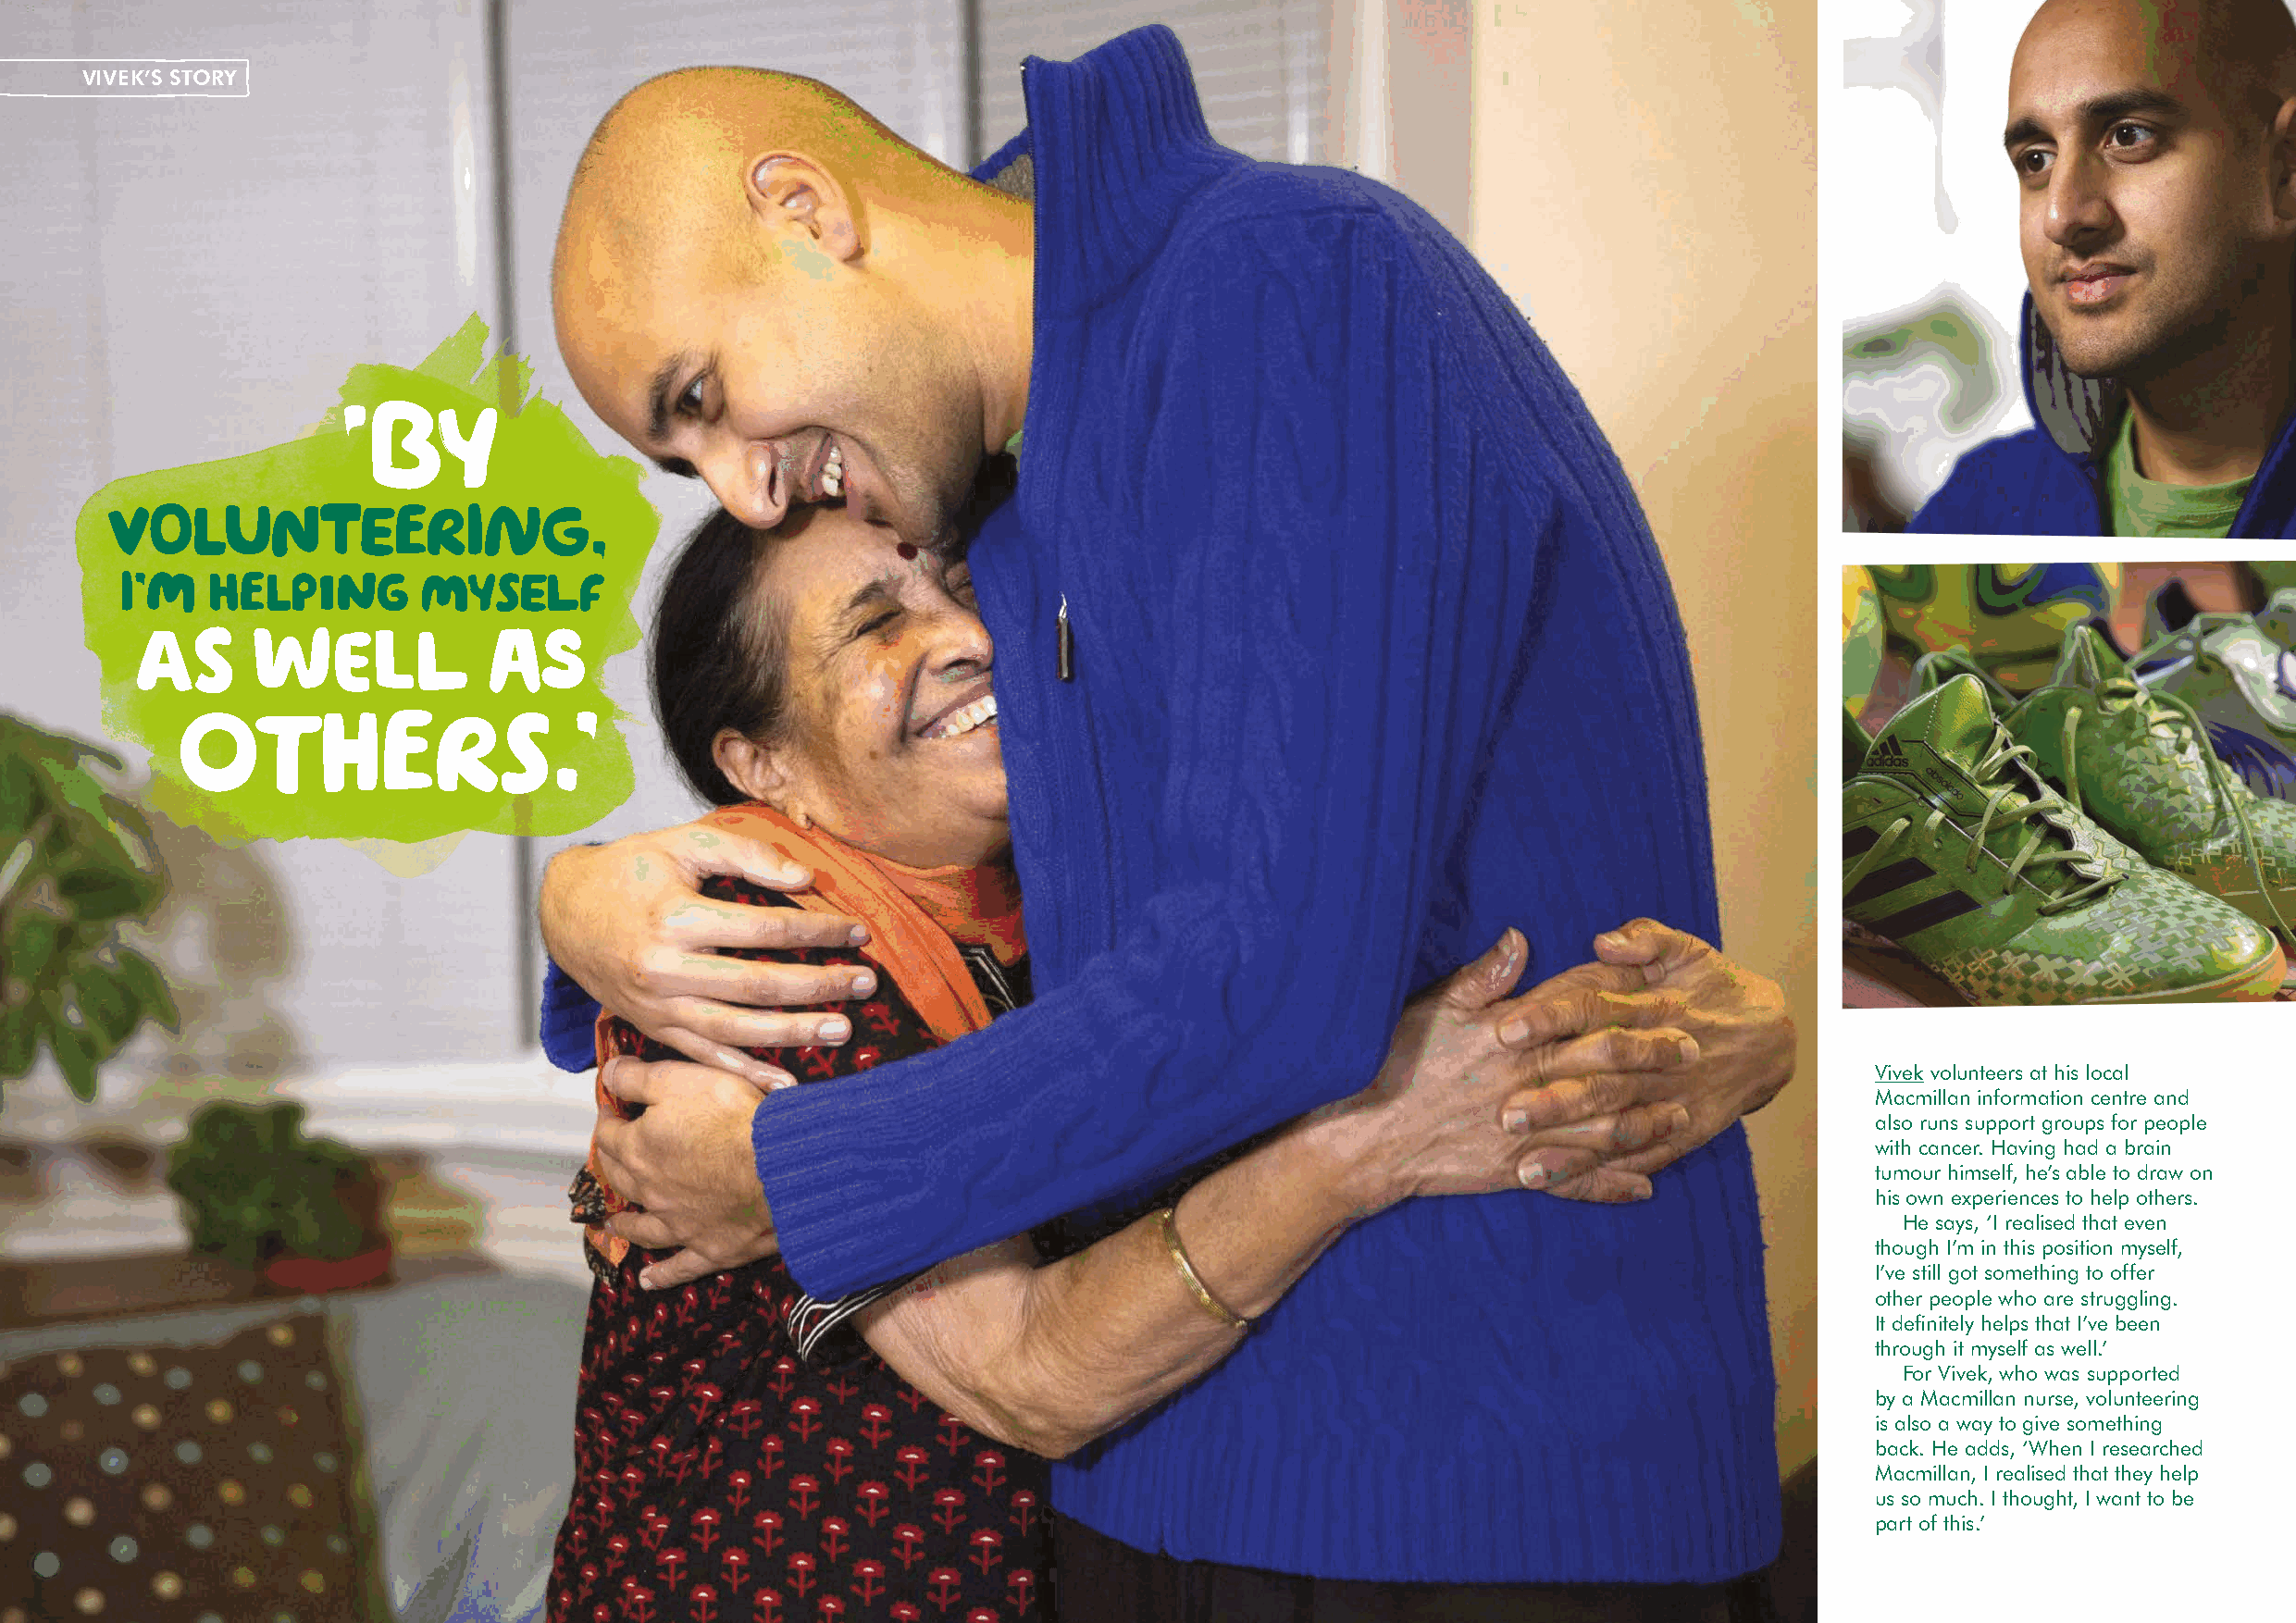
VIVEK’S STORY
 Vivek volunteers at his local
 Macmillan information centre and
 also runs support groups for people
 with cancer. Having had a brain
 tumour himself, he’s able to draw on
 his own experiences to help others.
 He says, ‘I realised that even
 though I’m in this position myself,
 I’ve still got something to offer
 other people who are struggling.
 It definitely helps that I’ve been
 through it myself as well.’
 For Vivek, who was supported
 by a Macmillan nurse, volunteering
 is also a way to give something
 back. He adds, ‘When I researched
 Macmillan, I realised that they help
 us so much. I thought, I want to be
 part of this.’